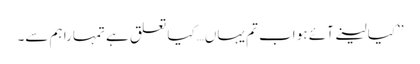
’’کیا لینے آئے ہو اب تم یہاں…کیا تعلق ہے تمہارا ہم سے۔